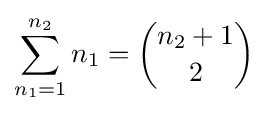
\sum _{n_{1}=1}^{n_{2}}n_{1}={\binom {n_{2}+1}{2}}